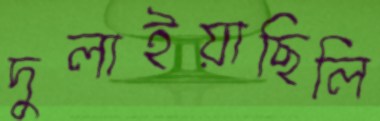
দুলাইয়াছিলি